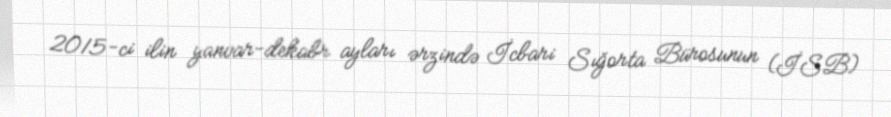
2015-ci ilin yanvar-dekabr ayları ərzində İcbari Sığorta Bürosunun (İSB)